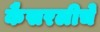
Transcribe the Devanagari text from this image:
कैसरलीचे